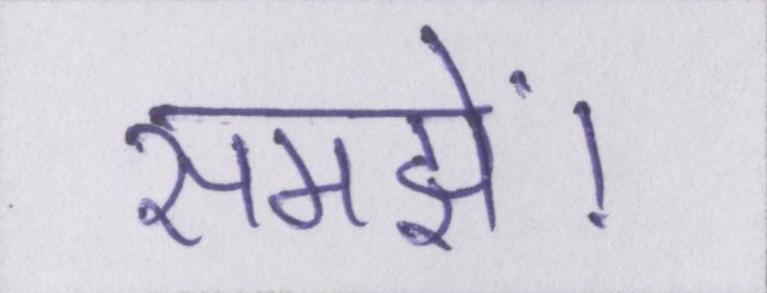
समझें।